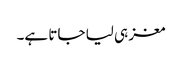
مغز ہی لیا جاتا ہے۔